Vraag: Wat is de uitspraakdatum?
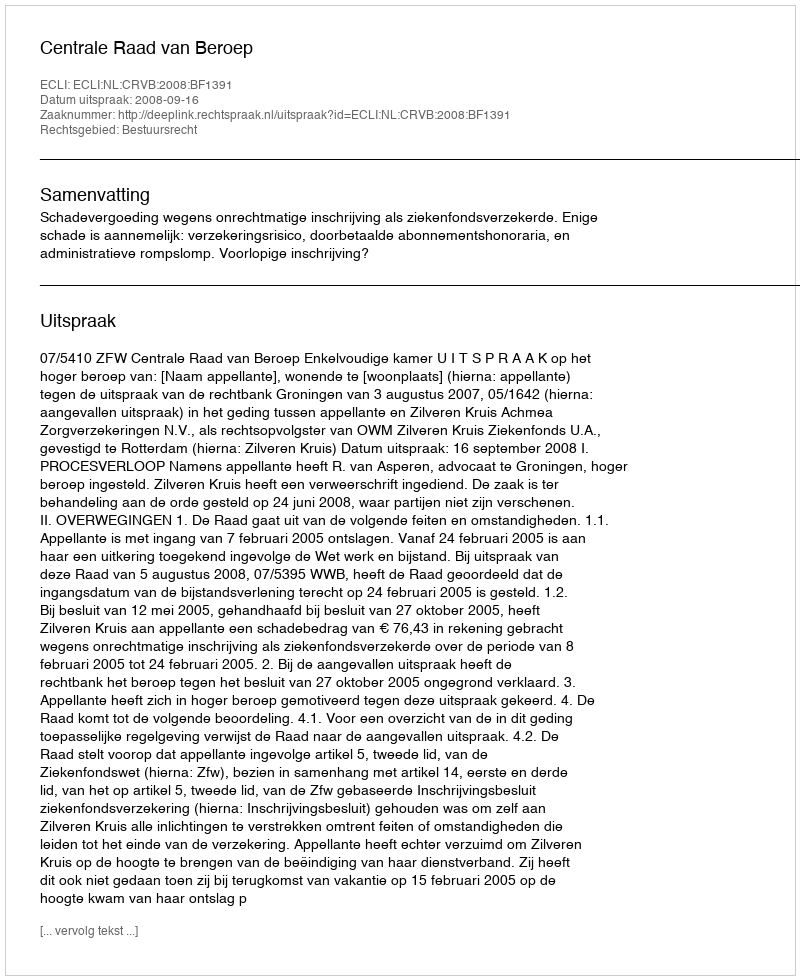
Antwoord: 2008-09-16